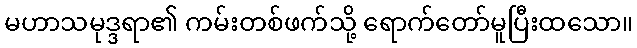
မဟာသမုဒ္ဒရာ၏ ကမ်းတစ်ဖက်သို့ ရောက်တော်မူပြီးထသော။